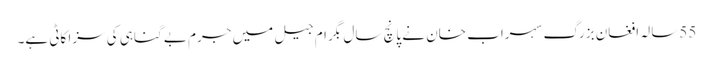
55سالہ افغان بزرگ سہراب خان نے پانچ سال بگرام جیل میں جرم بے گناہی کی سزا کاٹی ہے۔